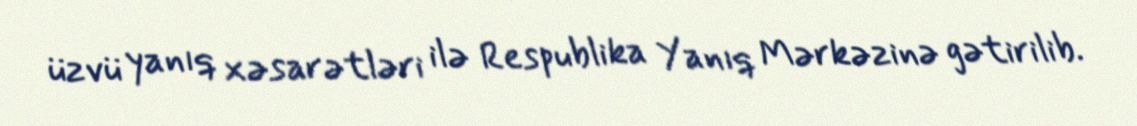
üzvü yanıq xəsarətləri ilə Respublika Yanıq Mərkəzinə gətirilib.